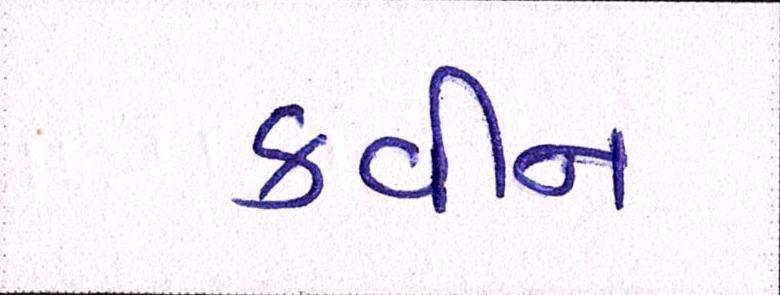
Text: ક્વીન